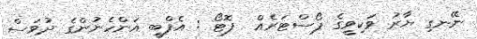
ނޭނގި ޔާރު ވަކިވީގެ ޕޯސްޓަރެއް  ފޮޓޯ : އެފްބީ އަންހެނުންގެ ދުވަސް